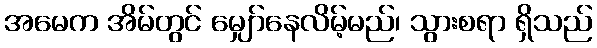
အမေက အိမ်တွင် မျှော်နေလိမ့်မည်၊ သွားစရာ ရှိသည်